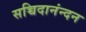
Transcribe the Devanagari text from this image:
सच्चिदानंन्दन